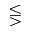
\lesseqgtr